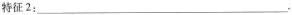
特征2：__；